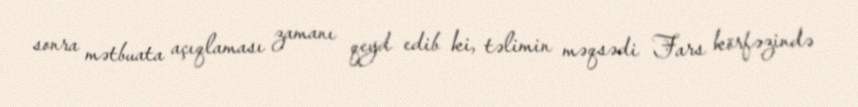
sonra mətbuata açıqlaması zamanı qeyd edib ki, təlimin məqsədi Fars körfəzində